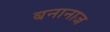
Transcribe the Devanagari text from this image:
बनानाज